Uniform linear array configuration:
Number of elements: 8
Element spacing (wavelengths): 0.75
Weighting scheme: binomial
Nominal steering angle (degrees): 30
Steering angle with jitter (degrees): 30.325
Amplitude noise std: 0.05
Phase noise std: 0.05

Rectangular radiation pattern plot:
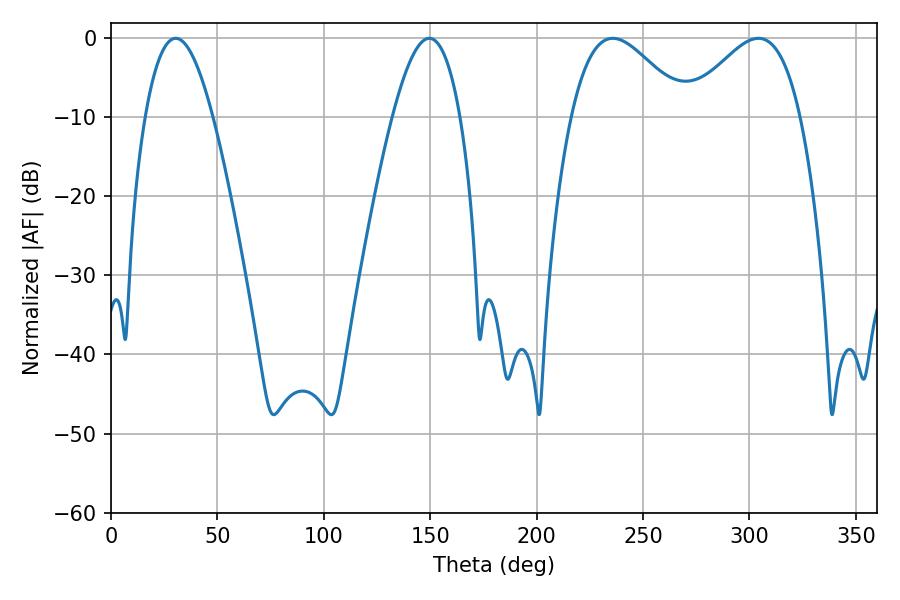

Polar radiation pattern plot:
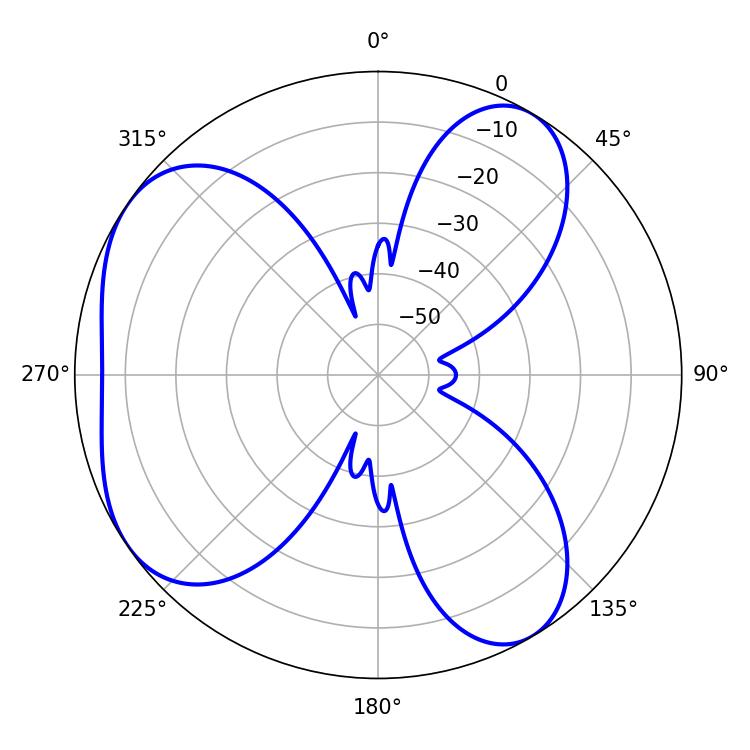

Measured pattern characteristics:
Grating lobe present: TRUE
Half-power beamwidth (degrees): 17.46
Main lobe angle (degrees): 30.42